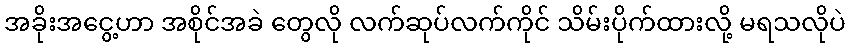
အခိုးအငွေ့ဟာ အစိုင်အခဲ တွေလို လက်ဆုပ်လက်ကိုင် သိမ်းပိုက်ထားလို့ မရသလိုပဲ